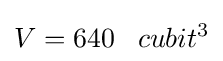
V=640\;\;\;cubit^{3}